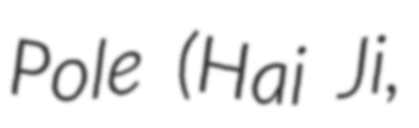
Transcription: Pole (Hai Ji,